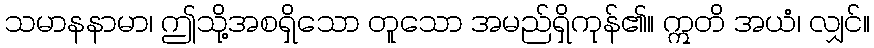
သမာနနာမာ၊ ဤသို့အစရှိသော တူသော အမည်ရှိကုန်၏။ ဣတိ အယံ၊ လျှင်။